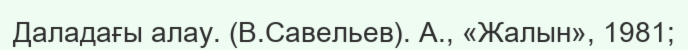
Даладағы алау. (В.Савельев). А., «Жалын», 1981;